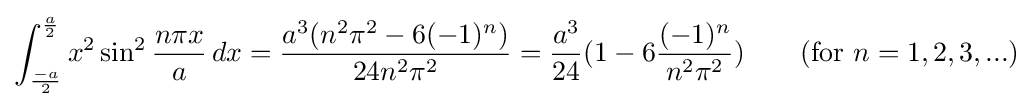
\int _{\frac {-a}{2}}^{\frac {a}{2}}x^{2}\sin ^{2}{\frac {n\pi x}{a}}\,dx={\frac {a^{3}(n^{2}\pi ^{2}-6(-1)^{n})}{24n^{2}\pi ^{2}}}={\frac {a^{3}}{24}}(1-6{\frac {(-1)^{n}}{n^{2}\pi ^{2}}})\qquad {\mbox{(for }}n=1,2,3,...{\mbox{)}}